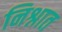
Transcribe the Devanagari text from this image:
निश्नात